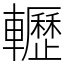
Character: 轣